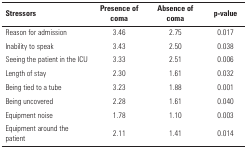
<table><thead><tr><td><b>Stressors</b></td><td><b>Presence of coma</b></td><td><b>Absence of coma</b></td><td><b>p-value</b></td></tr></thead><tbody><tr><td>Reason for admission</td><td>3.46</td><td>2.75</td><td>0.017</td></tr><tr><td>Inability to speak</td><td>3.43</td><td>2.50</td><td>0.038</td></tr><tr><td>Seeing the patient in the ICU</td><td>3.33</td><td>2.51</td><td>0.006</td></tr><tr><td>Length of stay</td><td>2.30</td><td>1.61</td><td>0.032</td></tr><tr><td>Being tied to a tube</td><td>3.23</td><td>1.88</td><td>0.001</td></tr><tr><td>Being uncovered</td><td>2.28</td><td>1.61</td><td>0.040</td></tr><tr><td>Equipment noise</td><td>1.78</td><td>1.10</td><td>0.003</td></tr><tr><td>Equipment around the patient</td><td>2.11</td><td>1.41</td><td>0.014</td></tr></tbody></table>